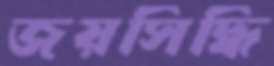
জয়সিদ্ধি